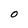
Character: O